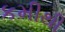
કમીથી